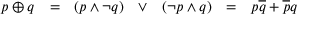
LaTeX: \begin{array} { l l l l l l l } { p \oplus q } & { = } & { ( p \land \lnot q ) } & { \lor } & { ( \lnot p \land q ) } & { = } & { p { \overline { { q } } } + { \overline { { p } } } q } \end{array}